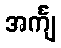
အင်္ကျ